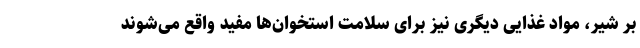
بر شیر، مواد غذایی دیگری نیز برای سلامت استخوان‌ها مفید واقع می‌شوند